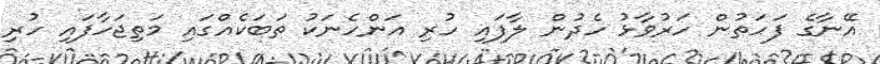
އޭނާގެ ފަހަތުން ހަރުވާޅު ހެދުން ލާފައި ހުރި އަންހެނަކު ތަބަކެއްގައި މަތިޖަހާފައި ހުރި